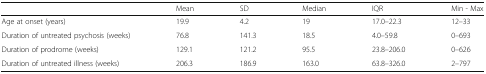
<table><thead><tr><td></td><td><b>Mean</b></td><td><b>SD</b></td><td><b>Median</b></td><td><b>IQR</b></td><td><b>Min - Max</b></td></tr></thead><tbody><tr><td>Age at onset (years)</td><td>19.9</td><td>4.2</td><td>19</td><td>17.0–22.3</td><td>12–33</td></tr><tr><td>Duration of untreated psychosis (weeks)</td><td>76.8</td><td>141.3</td><td>18.5</td><td>4.0–59.8</td><td>0–693</td></tr><tr><td>Duration of prodrome (weeks)</td><td>129.1</td><td>121.2</td><td>95.5</td><td>23.8–206.0</td><td>0–626</td></tr><tr><td>Duration of untreated illness (weeks)</td><td>206.3</td><td>186.9</td><td>163.0</td><td>63.8–326.0</td><td>2–797</td></tr></tbody></table>